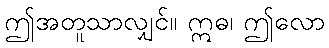
ဤအတူသာလျှင်။ ဣဓ၊ ဤလော